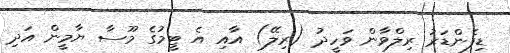
ޑިފެންޑަރު ރިލްވާން ވަހީދު (ރިލޭ) އާއި އެ ޓީމުގެ މޫސާ ޔާމީން އަދި